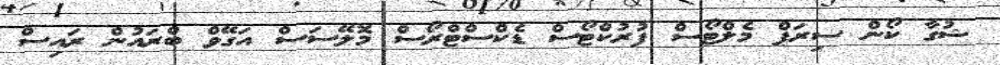
ޝުގާ ކޯން ސިރަޕް މެލްޓޯސް ފުރުކްޓޯސް ޑެކްސްޓްރޯސް މޮލޭސަސް އަގޭވް ބްރައުން ރައިސް